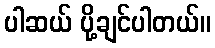
ပါဆယ် ပို့ချင်ပါတယ်။